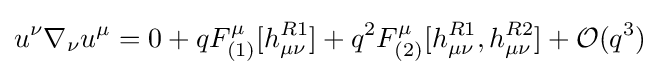
u^{\nu }\nabla _{\nu }u^{\mu }=0+qF_{(1)}^{\mu }[h_{\mu \nu }^{R1}]+q^{2}F_{(2)}^{\mu }[h_{\mu \nu }^{R1},h_{\mu \nu }^{R2}]+{\mathcal {O}}(q^{3})